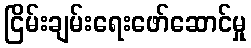
ငြိမ်းချမ်းရေးဖော်ဆောင်မှု